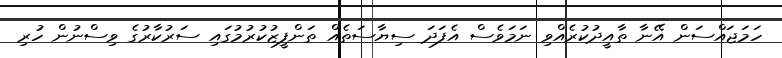
ހަމަޖައްސަން އޭނާ ތާއީދުކުރެއްވި ނަމަވެސް އެފަދަ ސިޔާސަތެއް ތަންފީޒުކުރުމުގައި ސަރުކާރުގެ ވިސްނުން ހުރި